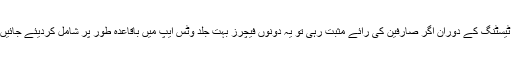
بی ٹا ٹیسٹنگ کے دوران اگر صارفین کی رائے مثبت رہی تو یہ دونوں فیچرز بہت جلد وٹس ایپ میں باقاعدہ طور پر شامل کردیئے جائیں گے۔